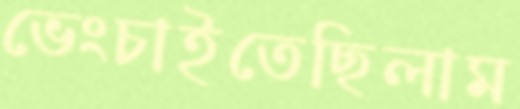
ভেংচাইতেছিলাম